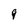
Character: q